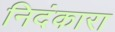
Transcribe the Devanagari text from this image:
निदंकारा